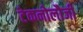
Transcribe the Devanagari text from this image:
टेकनोलौजी